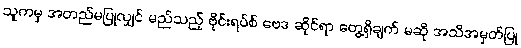
သူကမှ အတည်မပြုလျှင် မည်သည့် ဗိုင်းရပ်စ် ဗေဒ ဆိုင်ရာ တွေ့ရှိချက် မဆို အသိအမှတ်ပြု